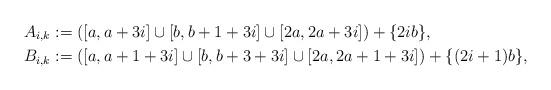
LaTeX: \begin{align*}A_{i,k} & := \left( [a, a + 3 i \right] \cup [b, b + 1+3i] \cup [2a, 2a+3i]) + \{ 2 i b \},\\B_{i,k} & := \left( [a, a+1+3i] \cup [b, b+3+3i] \cup [2a, 2a+1+3i] \right) + \{(2 i + 1 ) b \},\end{align*}